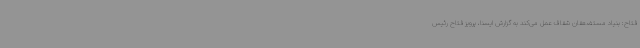
فتاح: بنیاد مستضعفان شفاف عمل می‌کند به گزارش ایسنا، پرویز فتاح رئیس